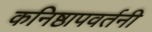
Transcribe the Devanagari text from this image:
कनिष्ठापवर्तनी